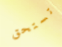
تستحق